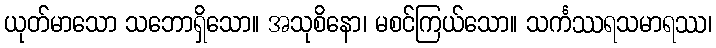
ယုတ်မာသော သဘောရှိသော။ အသုစိနော၊ မစင်ကြယ်သော။ သင်္ကဿရသမာရဿ၊